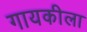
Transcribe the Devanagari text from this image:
गायकीला